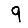
Digit: 9